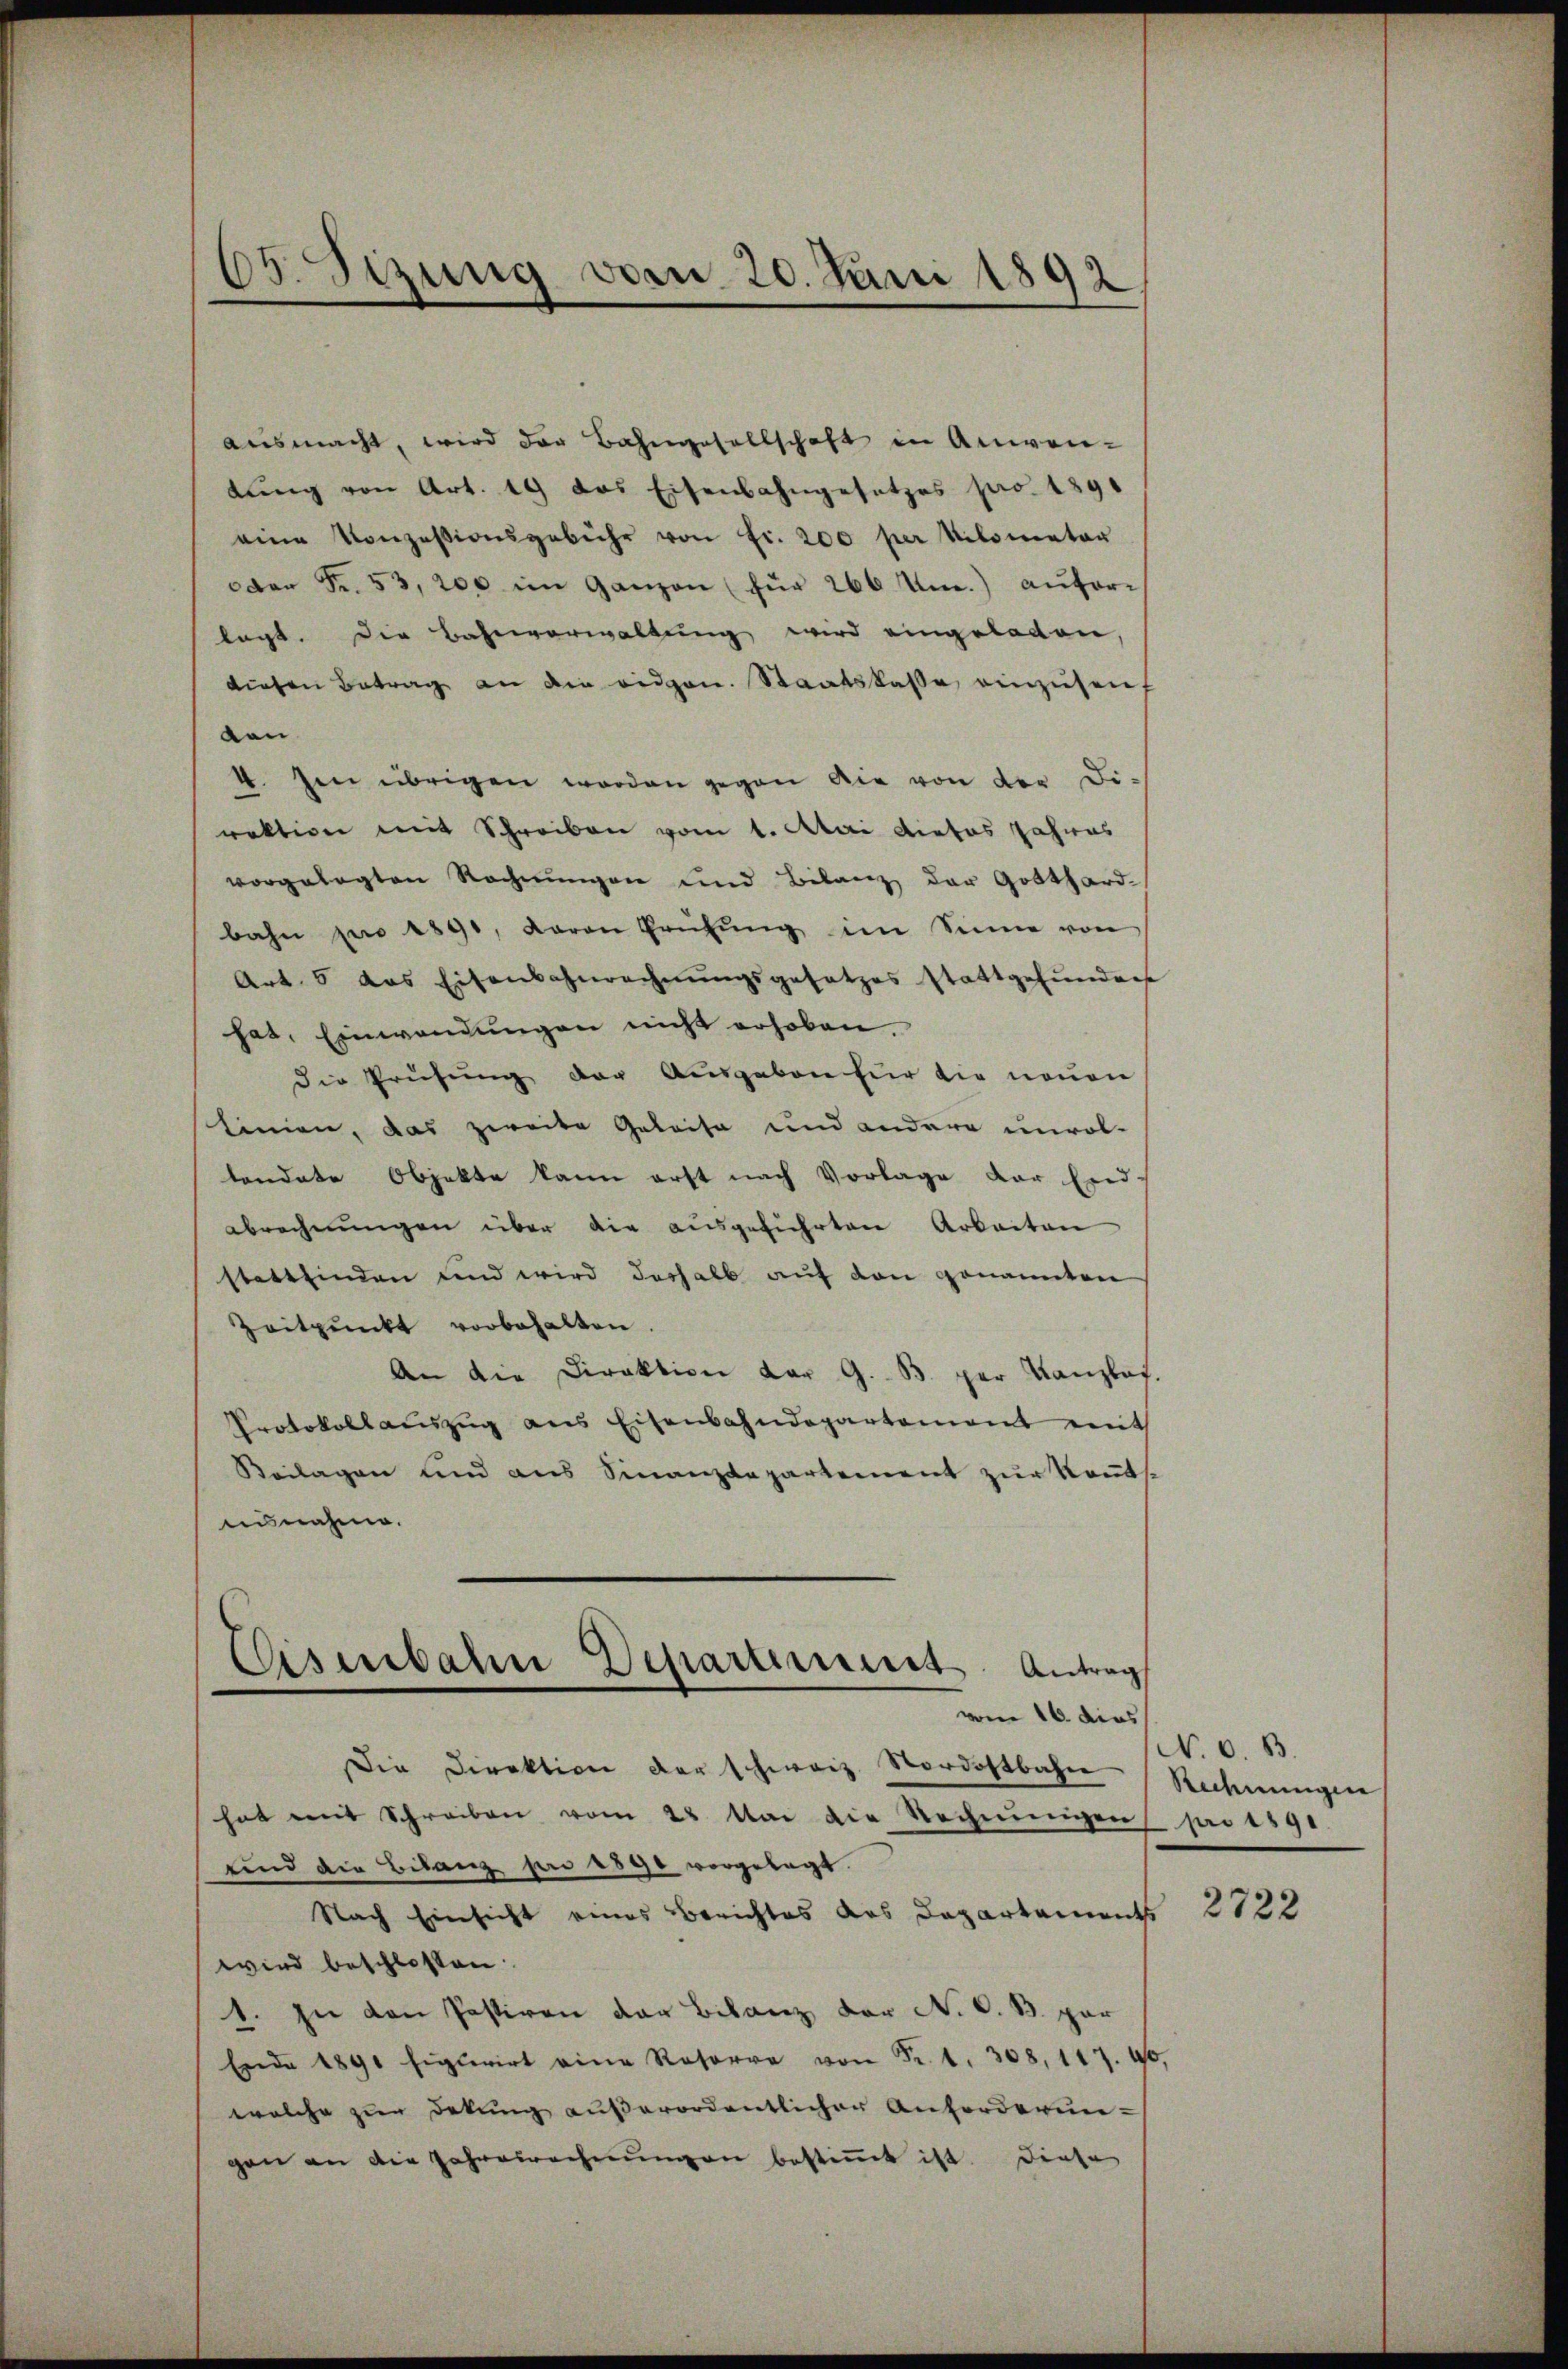
65. Sizung vom 20. Juni 1892

ausmacht, wird der Bahngesellschaft in Anwen-
lŭng von Art. 19 das Eisenbahngesetzes pro. 1891
eine Konzessionsgebühr von Fr. 200 per Kilometer
cder Fr. 53, 200 im Ganzen (für 266 Um.) auforlagt. Die Bahnverwaltŭng wird eingeladen,
diesen Betrag an die eidgen. Staatskasse einzusenf
den
4. Im übrigen worden gegen die von der Di-
raktion mit Schreiben vom 1. Atai Liebes Jahres
vorgelegten Rechnungen und Bilanz der Gotthardbahn pro 1890, Baron Prüfŭng im Sinne von
Art. 5 das Eisenbahnrechnŭngsgesetzes stattgefŭndene
hat, Einwendungen nicht erhoben.
die Prüfung der Ausgaben für die neuen
linien, das zweite Geleise und andere unvol-
landate Objekte kann erst nach Vorlage der Eind
abrechnungen über die ausgeführten Arbeiten
stattfinden und wird deshalb auf den genannten
Zeitpunkt vorbehalten.
An die Direktion der G. B. per Kanzlaf.
Protokollaŭszŭg ans Eisenbahndepartement ent
Beilagen und aus Sinanzdepartement zŭr Kennt
usnahme.
vom 16. dies
Die Direktion der schweiz. Nordostbahn
hat mit Schreiben vom 28. Mai die Rechnungen
sind die Bilanz per 1890 vorgelegt.
Nach Einsicht eines Berichtes das Departements
wird beschlossen:
1. In den Pastiren der Bilanz der N. O. B. par
Ende 1891 figlirt eine Reserre von Fr. 1. 308. 117. 40
welche zur Dekŭng außerordentlicher Anforderun-
gen an die Jahresrechnungen bestimmt ist. Diese

Eisenbahn Departement. Antrag

N. O. B.
Rechnungen
pro 1891.

2722